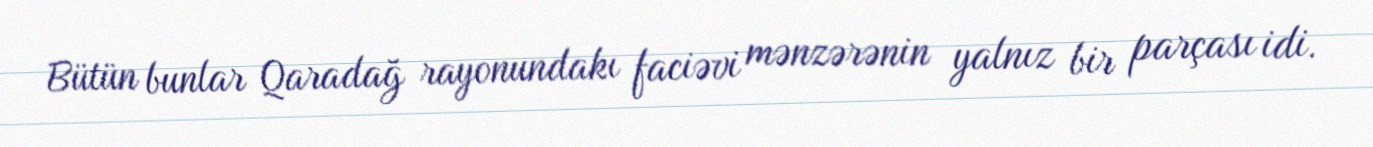
Bütün bunlar Qaradağ rayonundakı faciəvi mənzərənin yalnız bir parçası idi.